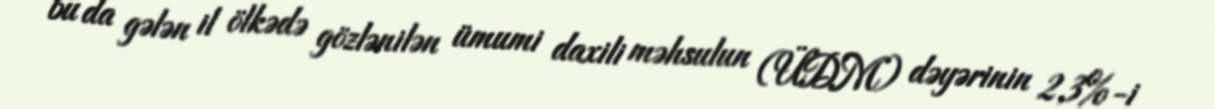
bu da gələn il ölkədə gözlənilən ümumi daxili məhsulun (ÜDM) dəyərinin 2,3%-i